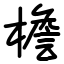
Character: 檐